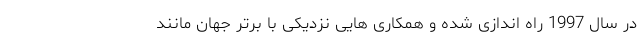
در سال 1997 راه اندازی شده و همکاری هایی نزدیکی با برتر جهان مانند